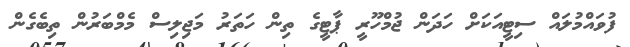
ފުވައްމުލައް ސިޓީއަކަށް ހަދަން ޖުމްހޫރީ ޕާޓީގެ ތިން ހަތަރު މަޖިލިސް މެމްބަރުން ތިބެގެން